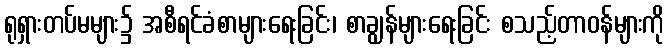
ရုရှားတပ်မများ၌ အစီရင်ခံစာများရေးခြင်း၊ စာချွန်များရေးခြင်း စသည့်တာဝန်များကို